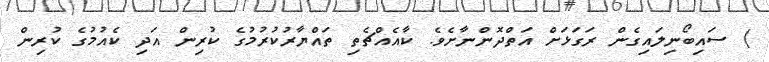
) ސައިބޯނިލައިގެން ރަގަޅަށް އަތްދޮންނާށެވެ. ކާއެއްޗެތި ތައްޔާރުކުރުމުގެ ކުރިން އަދި ކެއުމުގެ ކުރިން